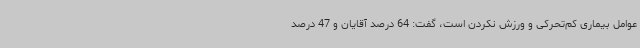
عوامل بیماری کم‌تحرکی و ورزش نکردن است، گفت: 64 درصد آقایان و 47 درصد